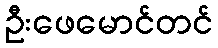
ဦးဖေမောင်တင်